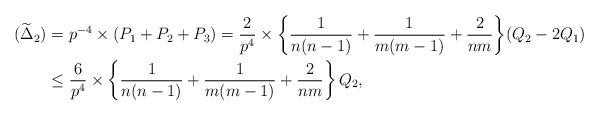
LaTeX: \begin{align*} (\widetilde{\Delta}_{2})&=p^{-4}\times(P_{1}+P_{2}+P_{3})=\frac{2}{p^{4}}\times\bigg\{\frac{1}{n(n-1)}+\frac{1}{m(m-1)}+\frac{2}{nm}\bigg\}(Q_{2}-2Q_{1})\\ &\le\frac{6}{p^{4}}\times\left\{\frac{1}{n(n-1)}+\frac{1}{m(m-1)}+\frac{2}{nm}\right\}Q_{2},\end{align*}